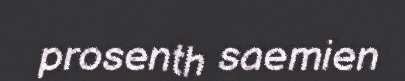
prosenth saemien